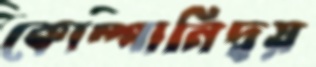
কোম্পানিদ্বয়